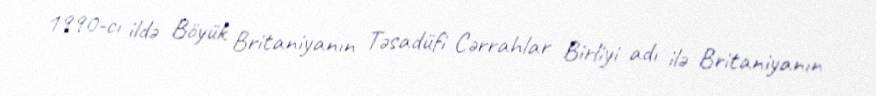
1990-cı ildə Böyük Britaniyanın Təsadüfi Cərrahlar Birliyi adı ilə Britaniyanın